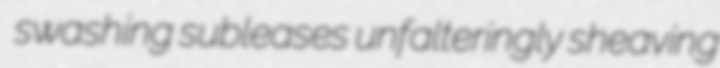
swashing subleases unfalteringly sheaving